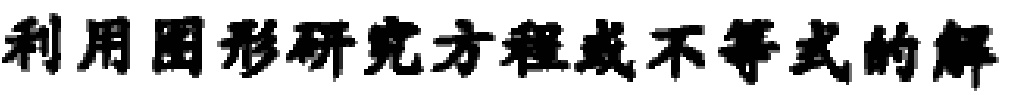
利用图形研究方程或不等式的解